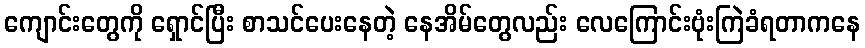
ကျောင်းတွေကို ရှောင်ပြီး စာသင်ပေးနေတဲ့ နေအိမ်တွေလည်း လေကြောင်းဗုံးကြဲခံရတာကနေ